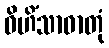
ဝိဟိံသာဓာတုံ